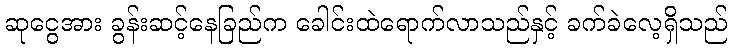
ဆုငွေအား ခွန်းဆင့်နေခြည်က ခေါင်းထဲရောက်လာသည်နှင့် ခက်ခဲလေ့ရှိသည်